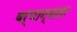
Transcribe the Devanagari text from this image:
वर्णान्धता